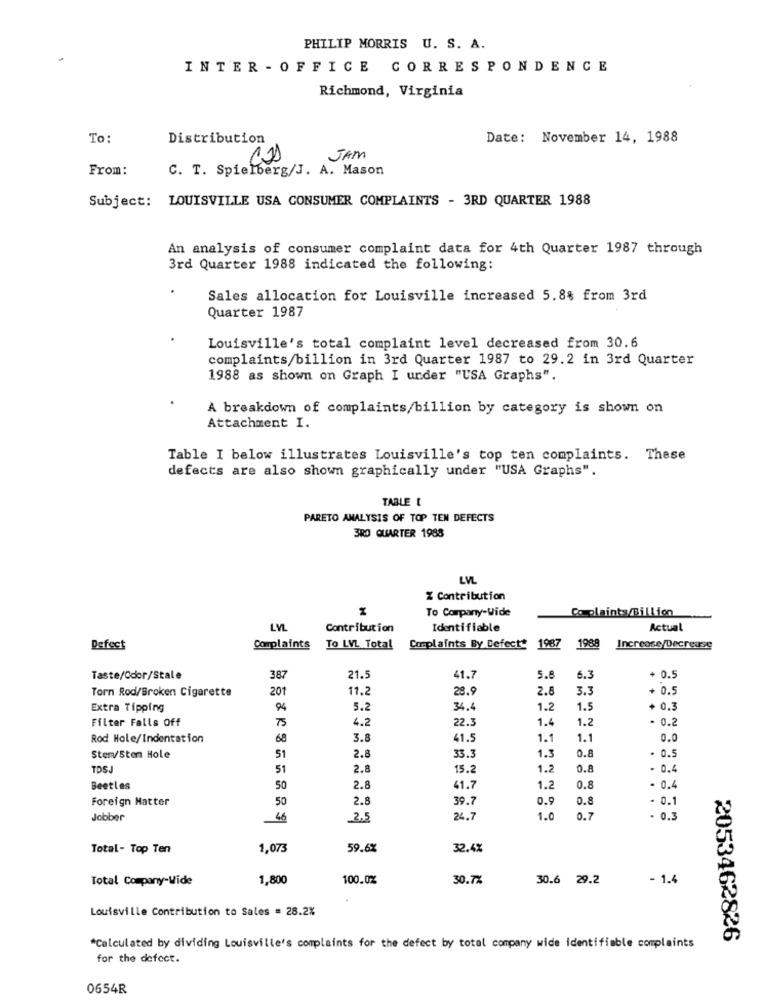
PHILIP MORRIS U. S. A.
INTER - OFFICE CORRESPONDENCE
Richmond, Virginia
To:
Distribution
Date: November 14, 1988
JAM
From:
C. T. Spielberg/J. A. Mason
Subject: LOUISVILLE USA CONSUMER COMPLAINTS - 3RD QUARTER 1988
An analysis of consumer complaint data for 4th Quarter 1987 through
3rd Quarter 1988 indicated the following:
Sales allocation for Louisville increased 5.8% from 3rd
Quarter 1987
Louisville's total complaint level decreased from 30.6
complaints/billion in 3rd Quarter 1987 to 29.2 in 3rd Quarter
1988 as shown on Graph I under "USA Graphs".
A breakdown of complaints/billion by category is shown on
Attachment I.
Table I below illustrates Louisville's top ten complaints. These
defects are also shown graphically under "USA Graphs".
TABLE [
PARETO ANALYSIS OF TOP TEN DEFECTS
3RD QUARTER 1988
LVL
Z Contribution
To Company-Wide
Complaints/Billion
LVL
Contribution
Identifiable
Actual
Defect
Complaints
To LVL Total
Complaints By Defect* 1987
1988
Increase/Decrease
Taste/Odor/Stale
387
21.5
41.7
5.8
6.3
+ 0.5
Torn Rød/Broken Cigarette
201
11.2
28.9
2.6
3.3
+ 0.5
Extra Tipping
94
5.2
34.
1.2
1.5
+ 0.3
Filter Falls Off
75
4.2
22.
- 0.2
1.4
1.2
Rod Hole/Indentation
68
3.8
41.
1.1
1.1
0.0
2.8
- 0.5
Sten/Sten Hole
51
33.3
1.3
0.8
TOS
51
2.8
15.2
1.2
0.8
- 0.4
2.8
Beetles
50
41.7
1.2
0.8
. 0.4
Foreign Matter
50
2.8
39.7
0.9
0.8
- 0.1
Jobber
46
2.5
24.7
1.0
0.7
- 0.3
Total- Top Ten
1,073
59.6%
32.4%
Total Company-Wide
1,800
100.0%
30.7%
30.6 29.2
- 1.4
Louisville Contribution to Sales = 28.2%
2053462826
*Calculated by dividing Louisville's complaints for the defect by total company wide identifiable complaints
for the defect.
0654R